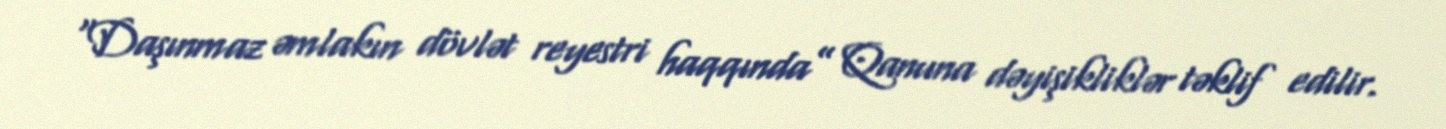
“Daşınmaz əmlakın dövlət reyestri haqqında” Qanuna dəyişikliklər təklif edilir.